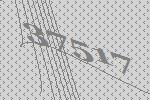
37517